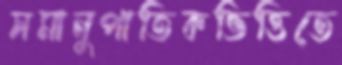
সমানুপাতিকভিত্তিতে